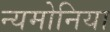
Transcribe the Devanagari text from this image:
न्यमोनिया